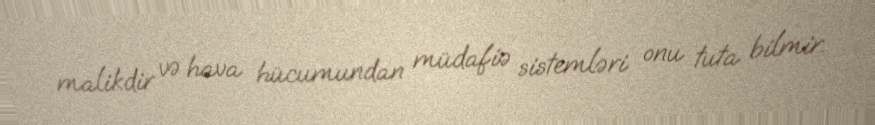
malikdir və hava hücumundan müdafiə sistemləri onu tuta bilmir.